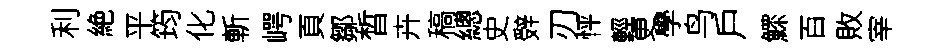
利絶平筠化斬崿頁鄒晳卉稿總史辤刃怦輕更學鸟戶鰥百敗宰